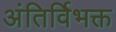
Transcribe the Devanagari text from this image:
अंतिर्विभक्त